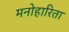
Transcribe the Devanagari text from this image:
मनोहारिता